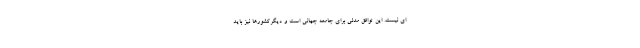
ای نیست. این توافق مدلی برای جامعه جهانی است و دیگرکشورها نیز باید